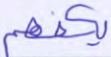
يكفهم